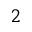
2